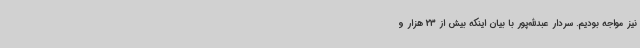
نیز مواجه بودیم. سردار عبدالله‌پور با بیان اینکه بیش از 23 هزار و